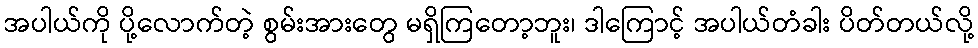
အပါယ်ကို ပို့လောက်တဲ့ စွမ်းအားတွေ မရှိကြတော့ဘူး၊ ဒါကြောင့် အပါယ်တံခါး ပိတ်တယ်လို့